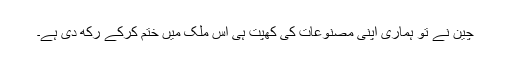
چین نے تو ہماری اپنی مصنوعات کی کھپت ہی اس ملک میں ختم کرکے رکھ دی ہے۔